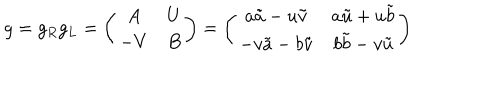
g = g _ { R } g _ { L } = \left( \begin{array} { c c } { { A } } & { { U } } \\ { { - V } } & { { B } } \\ \end{array} \right) = \left( \begin{array} { c c } { { a \tilde { a } - u \tilde { v } } } & { { a \tilde { u } + u \tilde { b } } } \\ { { - v \tilde { a } - b \tilde { v } } } & { { b \tilde { b } - v \tilde { u } } } \\ \end{array} \right)